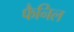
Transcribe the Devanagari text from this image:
फैनिल